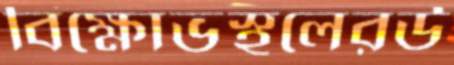
বিক্ষোভস্থলেরউ